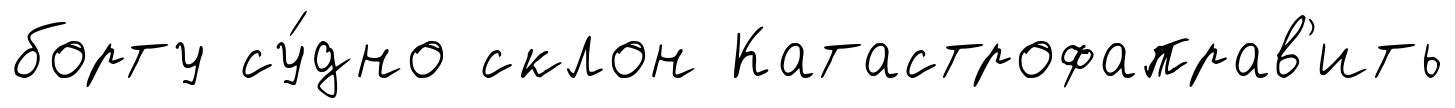
борту су́дно склон Катастрофаправ'ить